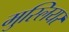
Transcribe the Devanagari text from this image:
मुस्लियर